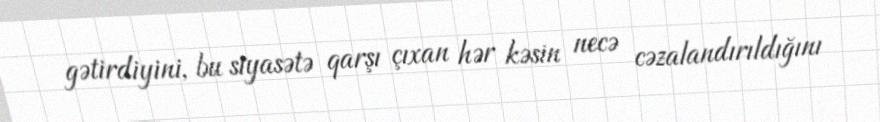
gətirdiyini, bu siyasətə qarşı çıxan hər kəsin necə cəzalandırıldığını